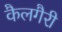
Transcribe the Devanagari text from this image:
कैलगैरी